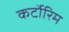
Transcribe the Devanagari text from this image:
कर्टोरिम